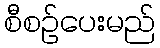
စီစဉ်ပေးမည်